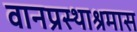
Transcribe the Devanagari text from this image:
वानप्रस्थाश्रमास